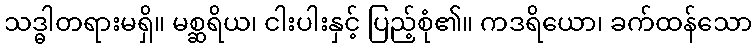
သဒ္ဓါတရားမရှိ။ မစ္ဆရိယ၊ ငါးပါးနှင့် ပြည့်စုံ၏။ ကဒရိယော၊ ခက်ထန်သော